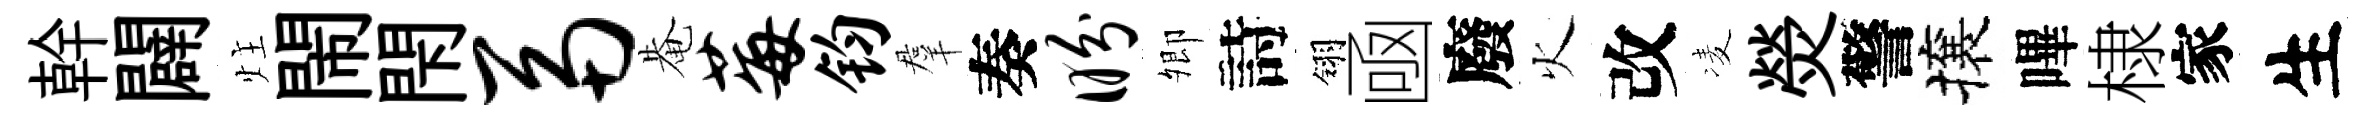
幹闢炷閙閇鬲𤲅莓钧羣奏盼𡖖詩翎凾廢火改凌熒警攘嗶棣家生